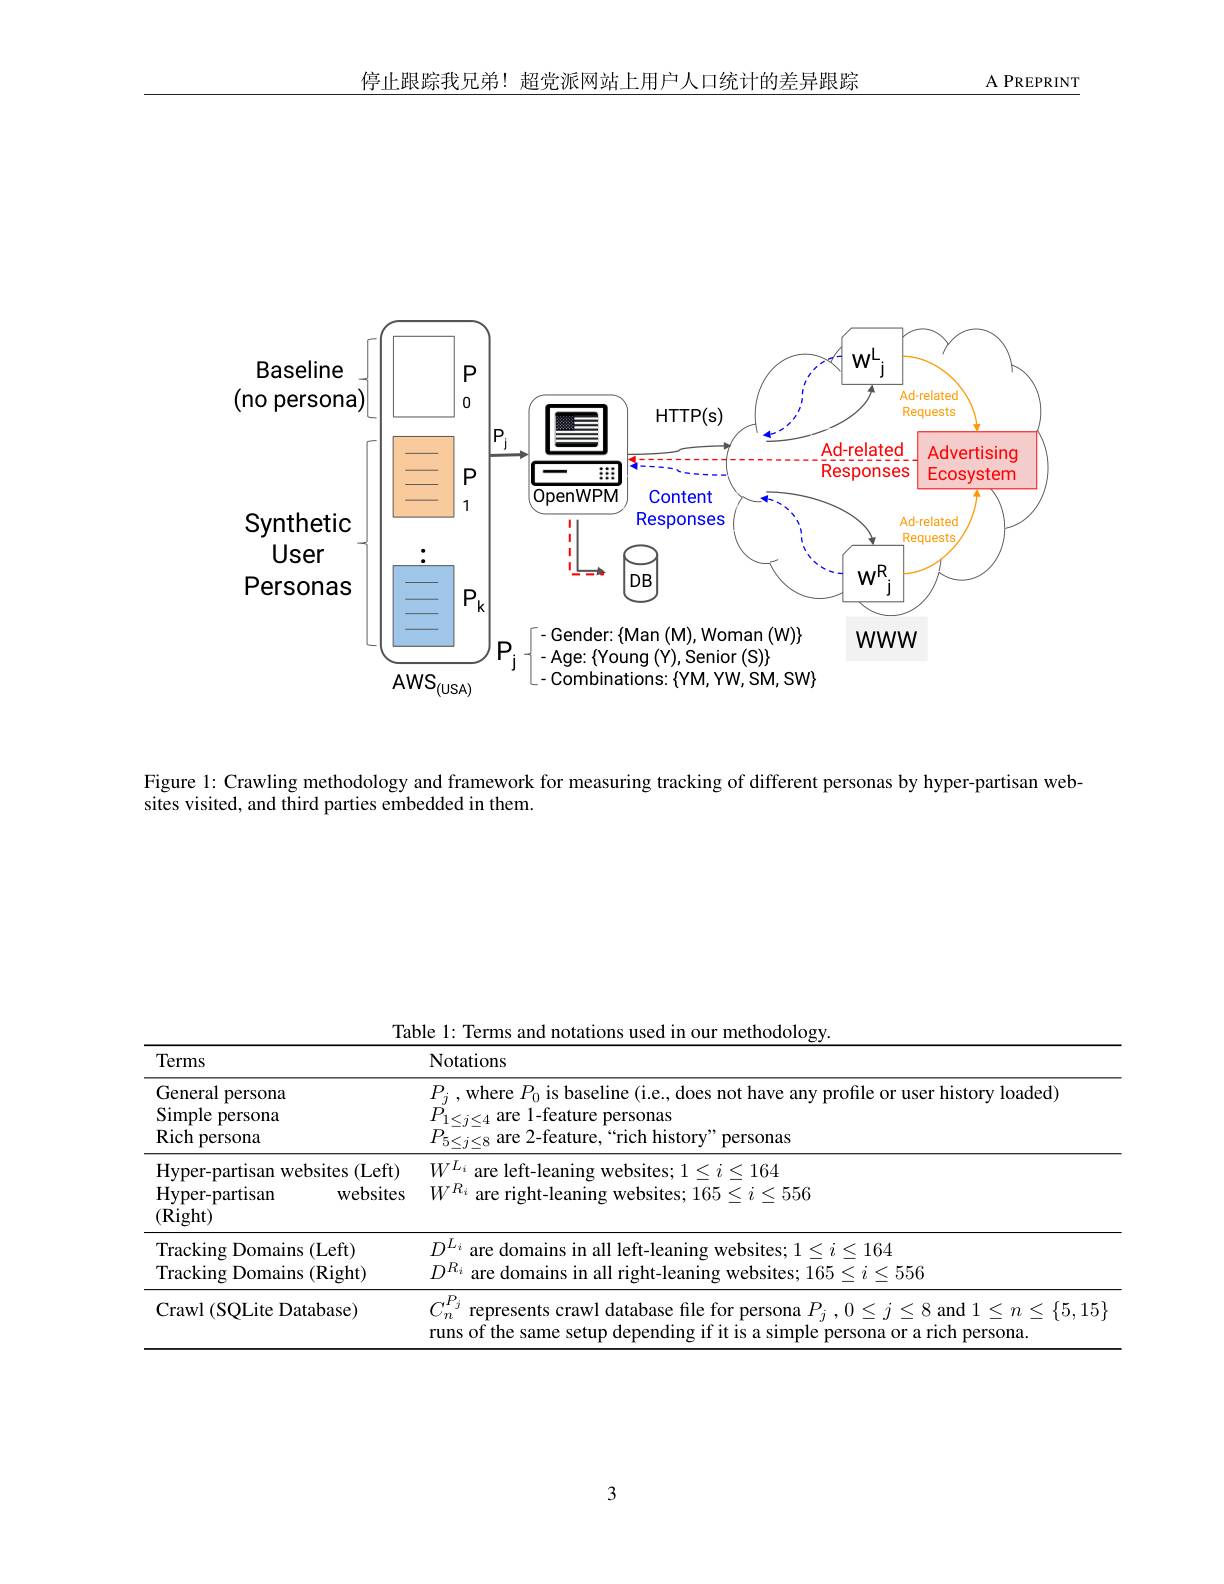
停止跟踪我兄弟！超党派网站上用户人口统计的差异跟踪

$\underline{\text{A PREPRINT}}$

<FigureHere>

Figure 1: Crawling methodology and framework for measuring tracking of different personas by hyper-partisan web-

sites visited, and third parties embedded in them.

Table 1: Terms and notations used in our methodology.
<table>
	<tbody>
		<tr>
			<th>Terms</th>
			<th>Notations</th>
		</tr>
		<tr>
			<td>General persona Simple persona Rich persona</td>
			<td>$P_{j}$ ,where $P_0$ is baseline (i.e., does not have any profile or user history loaded) $P_{1\leq j\leq4}^{^{\prime}}$are 1-feature personas $P_{5\leq j\leq8}^{---}$are 2-feature,“rich history” personas</td>
		</tr>
		<tr>
			<td>Hyper-partisan websites (Left) Hyper- partisan websites (Right)</td>
			<td>$W^{L_{i}}$ are left-leaning websites; $1\leq i\leq164$ $W^{R_{i}}$ are right-leaning websites; $165\leq i\leq556$</td>
		</tr>
		<tr>
			<td>Tracking ${\mathrm{g~Domains}}$ (Left) $f$ Tracking Domains (Right) 11</td>
			<td>$D_{\mathrm{p}}^{L_{i}}$ are domains in all left-leaning websites; $1\leq i\leq164$ $D^{R_{i}}$ are domains in all right-leaning websites; $165\leq i\leq556$</td>
		</tr>
		<tr>
			<td>Crawl (SQLite Database)</td>
			<td>$,P$ represents crawl database file for persona $P_{i}$ ${}_{i}$ , $0\leq j\leq 8$ and $1\leq n\leq\{5,15\}$ runs of the same setup denendin $\log$if it is z ersona or a rich persona</td>
		</tr>
	</tbody>
</table>

3